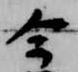
今